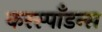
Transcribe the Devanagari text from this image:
करस्‍पाँडन्स